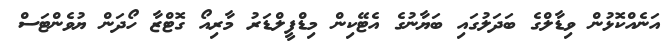
އަނެއްކޮޅުން ވިޑާލްގެ ބަދަލުގައި ބަޔާނުގެ އެޓޭކިން މިޑްފީލްޑަރު މާރިއޯ ގޮޓްޒާ ހޯދަން ޔުވެންޓަސް